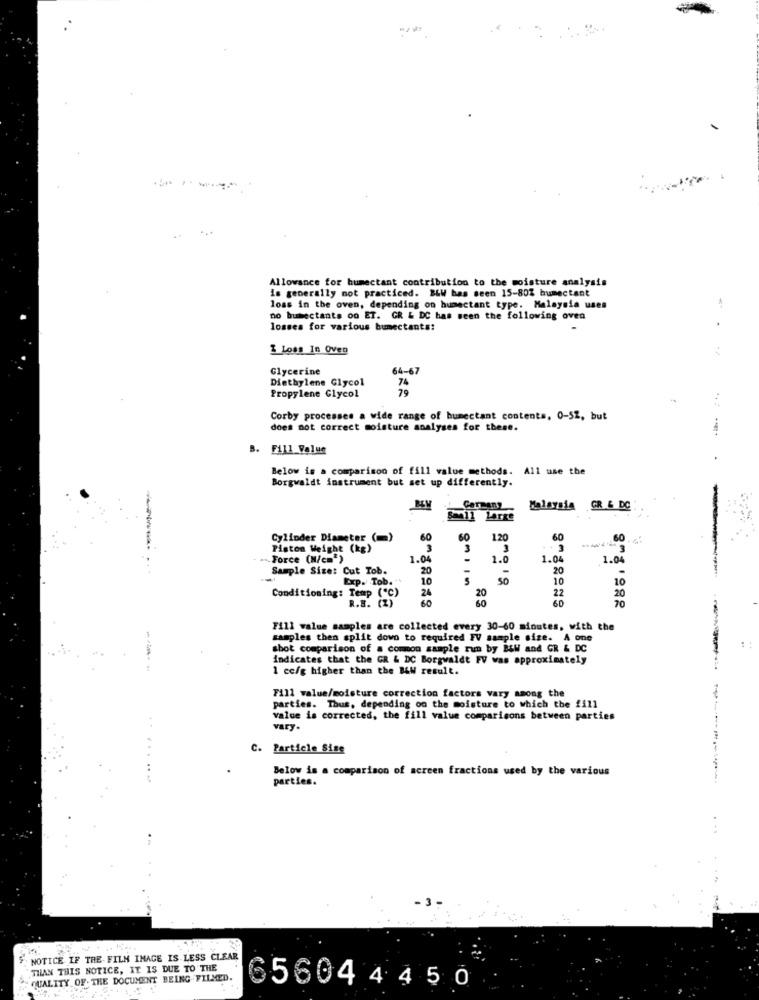
-
-----
Allowance for humectant contribution to the moisture analysis
is generally not practiced. BLW bas seen 15-80% humectant
loss in the oven, depending on humectant type. Malaysia uses
1
no bumectants oo ET. GR & DC has seen the following oven
losses for various bumectants!
I Loss In Oven
Glycerine
64-67
Diethylene Glycol
79
Propylene Glycol
Corby processes a wide range of humectant contents, 0-52, but
does not correct moisture analyses for these.
-
B. Fill Volun
Below is a comparison of fill value methods. All use the
Borgwaldt instrument but set up differently.
Germany
GR & DC
Cylinder Diameter (m)
60
60
120
60
60
Piston Weight (kg)
3
3
3
Force (N/cm')
1.04
1.0
1.04
1.04
Sample Size: Cut Tob.
20
-
20
Exp. Tob. "
10
SO
10
10
24
22
Conditioning: Temp ("℃)
R.B. (Z)
20
60
70
20
Fill value samples are collected every 30-60 minutes, with the
samples then split dowo to required FV sample size. A one
shot comparison of a common sample run by B&W and GR & DC
indicates that the GR & DC Borgwaldt FV was approximately
1 cc/g higher than the B&W result.
Fill walue/moisture correction factors vary among the
parties. Thus, depending on the moisture to which the f411
value is corrected, the fill value comparisons between parties
vary.
C. Particle Sise
Below is a comparison of screen fractions used by the various
parties.
-3.
NOTICE IF THE FILM IMAGE IS LESS CLEAR
THAN THIS NOTICE, IT IS DUE TO THE
QUALITY OF. THE DOCUMENT BEING FILMED.
56044 4 5 0